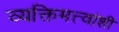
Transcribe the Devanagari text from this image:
व्यक्तिमत्त्वांशी